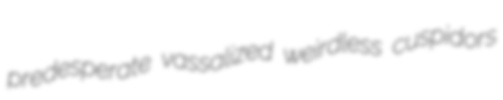
predesperate vassalized weirdless cuspidors